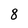
Character: 8